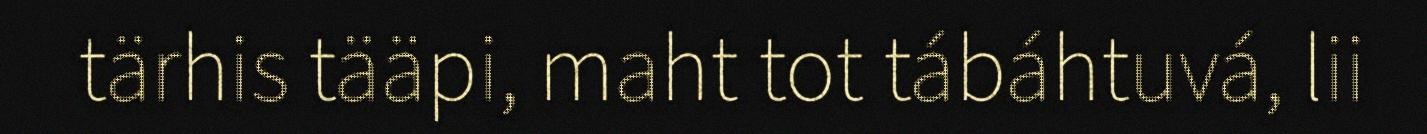
tärhis tääpi, maht tot tábáhtuvá, lii